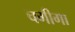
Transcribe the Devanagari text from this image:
चगीगा